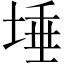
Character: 埵